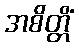
အစိတ္တိံ